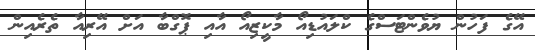
އޭގެ ފަހުން ޔުވެންޓަސްގެ ކްލައުޑިއޯ މާކީޒިއޯ އާއި ޕޮގްބާ އަށް އޭރިއާ ތެރެއިން